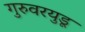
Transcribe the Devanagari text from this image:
गुरुवरयुडू